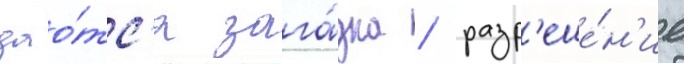
дао́тс'я зага́дка / разр'еше́н'ие